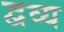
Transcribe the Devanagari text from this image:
द्वव्य